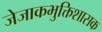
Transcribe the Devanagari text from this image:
जेजाकभुक्तिशासक